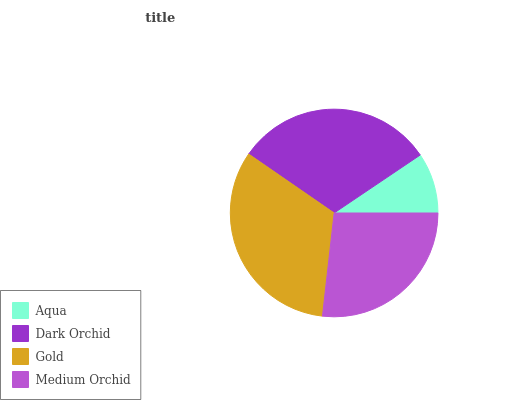
| Aqua | Dark Orchid | Gold | Medium Orchid |
 | --- | --- | --- | --- |
 | 9.45% | 30.9% | 32.8% | 26.8% |